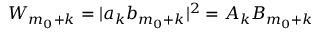
W _ { m _ { 0 } + k } = | a _ { k } b _ { m _ { 0 } + k } | ^ { 2 } = A _ { k } B _ { m _ { 0 } + k }